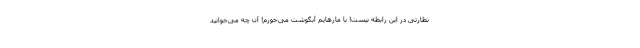
نظارتی در این رابطه نیست! با مارهایم آبگوشت می‌خورم! آن چه می‌خوانید